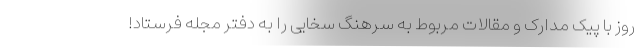
روز با پیک مدارک و مقالات مربوط به سرهنگ سخایی را به دفتر مجله فرستاد!